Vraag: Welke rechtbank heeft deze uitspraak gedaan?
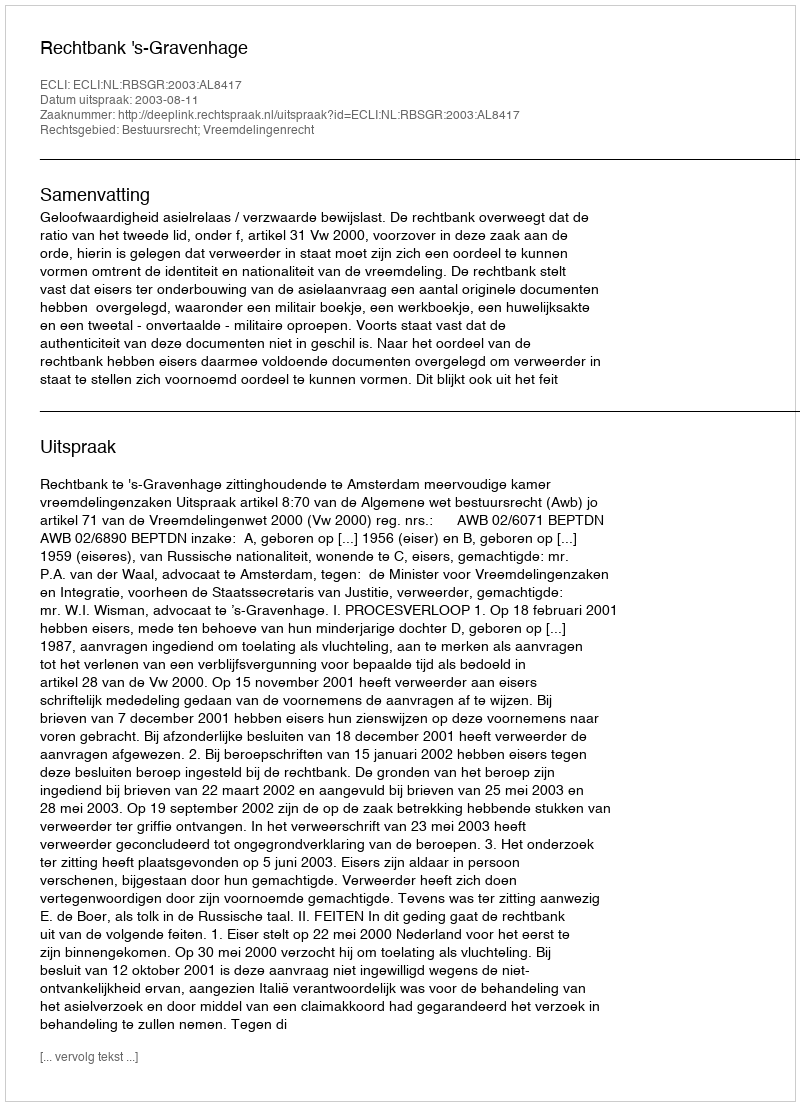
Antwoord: Rechtbank 's-Gravenhage